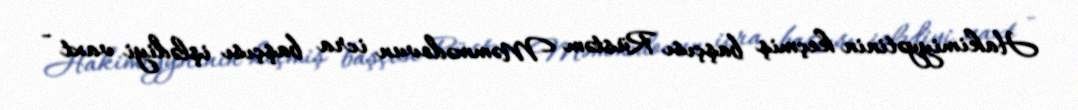
Hakimiyyətinin keçmiş başçısı Rüstəm Məmmədovun icra başçısı işlədiyi vaxt -